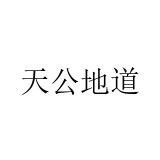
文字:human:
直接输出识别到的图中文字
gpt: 天公地道